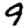
Digit: 9